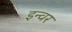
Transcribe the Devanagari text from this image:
इन्वर